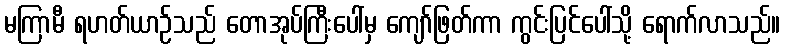
မကြာမီ ရဟတ်ယာဉ်သည် တောအုပ်ကြီးပေါ်မှ ကျော်ဖြတ်ကာ ကွင်းပြင်ပေါ်သို့ ရောက်လာသည်။